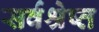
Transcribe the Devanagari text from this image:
सर्वश्रेष्त